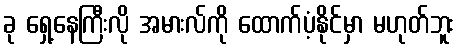
ခု ရှေ့နေကြီးလို အမားလ်ကို ထောက်ပံ့နိုင်မှာ မဟုတ်ဘူး